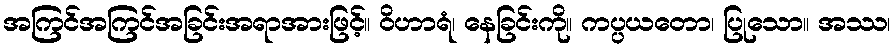
အကြင်အကြင်အခြင်းအရာအားဖြင့်။ ဝိဟာရံ၊ နေခြင်းကို။ ကပ္ပယတော၊ ပြုသော။ အဿ၊